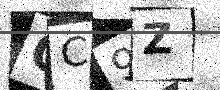
Text: QC9Z